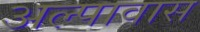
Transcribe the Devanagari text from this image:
अल्पावास